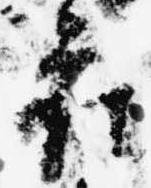
府